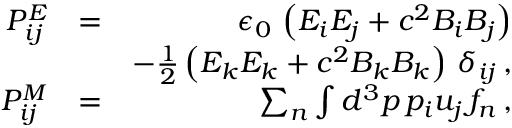
\begin{array} { r l r } { { \cal P } _ { i j } ^ { E } } & { = } & { \epsilon _ { 0 } \, \left( E _ { i } E _ { j } + c ^ { 2 } B _ { i } B _ { j } \right) } \\ & { } & { - \frac { 1 } { 2 } \left( E _ { k } E _ { k } + c ^ { 2 } B _ { k } B _ { k } \right) \, \delta _ { i j } \, , } \\ { { \cal P } _ { i j } ^ { M } } & { = } & { \sum _ { n } \int d ^ { 3 } p \, p _ { i } u _ { j } \, f _ { n } \, , } \end{array}